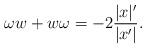
LaTeX: \begin{align*}\omega w+w\omega=-2\frac{|x|'}{|x'|}.\end{align*}